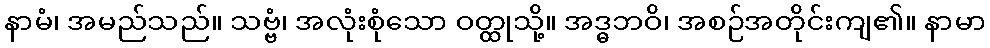
နာမံ၊ အမည်သည်။ သဗ္ဗံ၊ အလုံးစုံသော ဝတ္ထုသို့။ အဒ္ဓဘဝိ၊ အစဉ်အတိုင်းကျ၏။ နာမာ